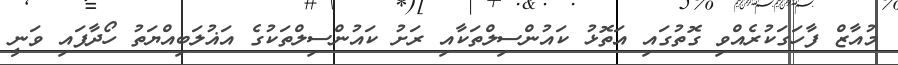
މުއާޒް ފާހަގަކުރެއްވި ގޮތުގައި އަތޮޅު ކައުންސިލްތަކާއި ރަށު ކައުންސިލްތަކުގެ އަޣުލަބިއްޔަތު ހޯދާފައި ވަނީ